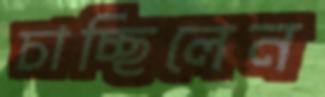
চাচ্ছিলেন